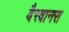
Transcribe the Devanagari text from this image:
वैरवानस